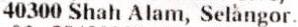
40300 SHAH ALAM, SELANGOR.